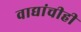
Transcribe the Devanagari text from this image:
वाद्यांचीही